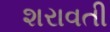
શરાવતી